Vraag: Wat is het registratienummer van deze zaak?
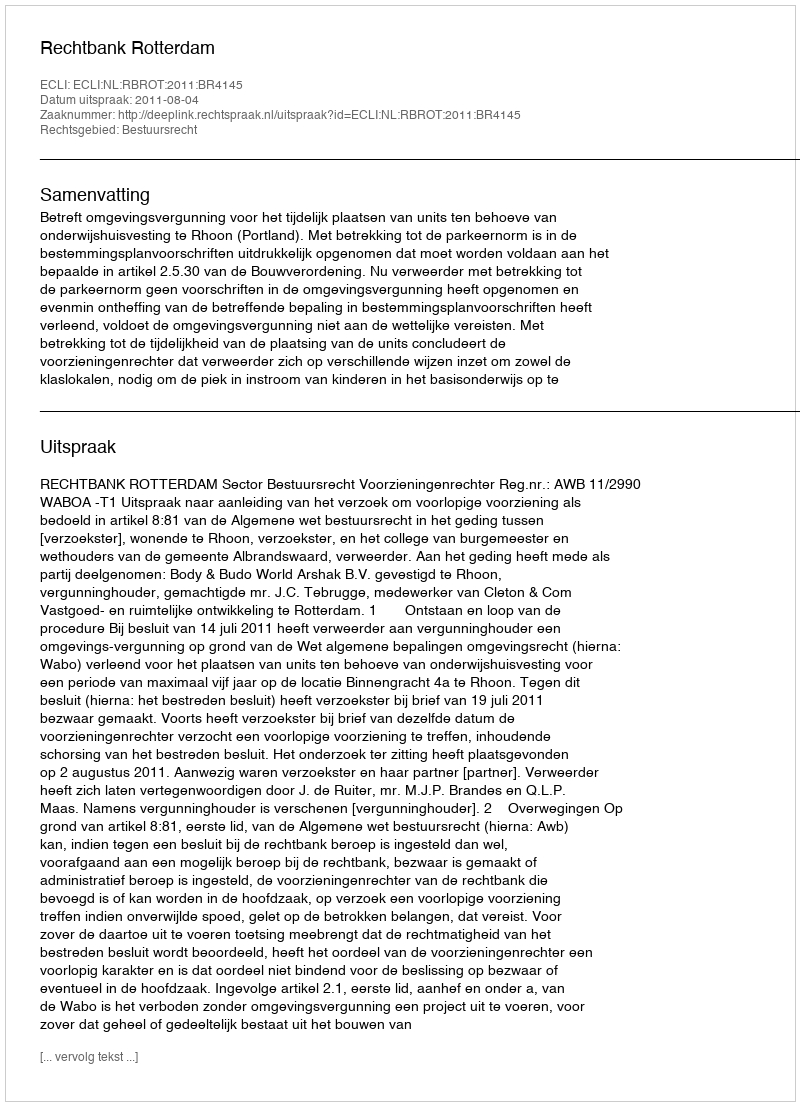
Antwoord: http://deeplink.rechtspraak.nl/uitspraak?id=ECLI:NL:RBROT:2011:BR4145